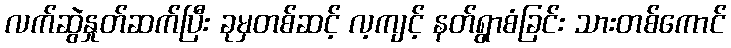
လက်ဆွဲနှုတ်ဆက်ပြီး ခုမှတစ်ဆင့် လ့ကျင့် နတ်ရွာစံခြင်း သားတစ်ကောင်